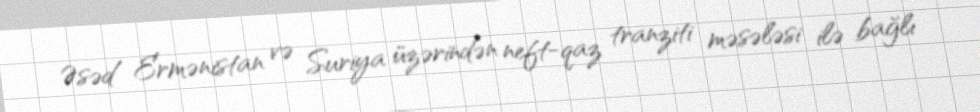
Əsəd Ermənistan və Suriya üzərindən neft-qaz tranziti məsələsi ilə bağlı